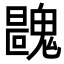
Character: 𩳺